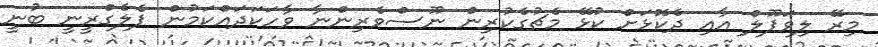
މިރޭ ލިވަޕޫލް އާއި ދެކޮޅަށް ކުޅޭ މެޗުގެކުރިން ނޫސްވެރިންނާ ވާހަކަދައްކަމުން ޕެެލެގްރީނީ ބުނީ